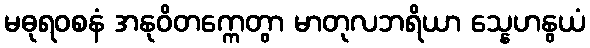
မဓုရဝစနံ အနုဝိတက္ကေတွာ မာတုလဘရိယာ သ္နေဟနွယံ